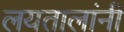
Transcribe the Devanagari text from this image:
लयतालांनी